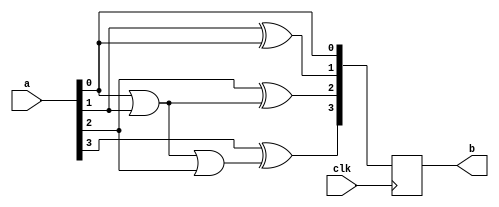
`timescale 1ns / 1ps
//////////////////////////////////////////////////////////////////////////////////
// Company: 
// Engineer: 
// 
// Design Name: 
// Module Name:    four_bits_two_complement 
// Project Name: 
// Target Devices: 
// Tool versions: 
// Description: 
//
// Dependencies: 
//
// Revision: 
// Revision 0.01 - File Created
// Additional Comments: 
//
//////////////////////////////////////////////////////////////////////////////////
module four_bits_two_complement(
input [3:0]a,
input clk,
output reg [3:0]b
    );
//yh assign z yzLN
//assign b[0]=a[0];
//assign b[1]=a[1] ^ a[0];
//assign b[2]=a[2] ^(a[0] | a[1]);
//assign b[3]=a[3] ^(a[0] | a[1] | a[2]);
always@(posedge clk)begin
	b[0]=a[0];
	b[1]=a[1] ^ a[0];
	b[2]=a[2] ^(a[0] | a[1]);
	b[3]=a[3] ^(a[0] | a[1] | a[2]);
end
endmodule